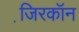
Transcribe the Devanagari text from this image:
जि़रकॉन